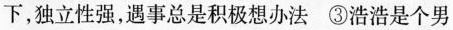
下，独立性强，遇事总是积极想办法③浩浩是个男